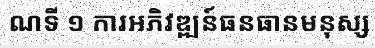
ណទី ១ ការអភិវឌ្ឍន៍ធនធានមនុស្ស